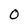
Character: 0